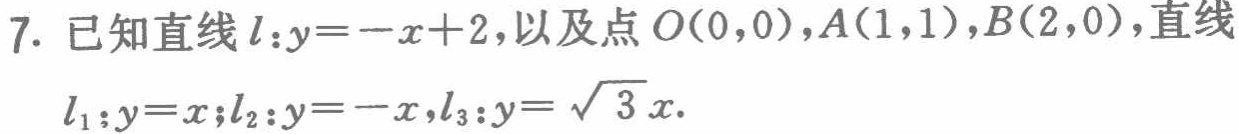
7. 已知直线\(l:y = -x + 2\)，以及点\(O(0,0)\)，\(A(1,1)\)，\(B(2,0)\)，直线
\(l_1:y = x\)；\(l_2:y = -x\)，\(l_3:y = \sqrt{3}x\).